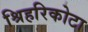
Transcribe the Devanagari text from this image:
श्रिहरिकोटा